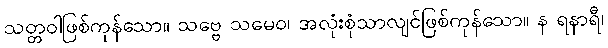
သတ္တဝါဖြစ်ကုန်သော။ သဗ္ဗေ သမေဝ၊ အလုံးစုံသာလျင်ဖြစ်ကုန်သော။ န ရနာရီ၊